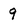
Character: 9